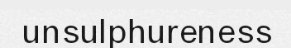
unsulphureness